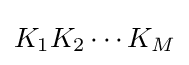
K_{1}K_{2}\cdots K_{M}